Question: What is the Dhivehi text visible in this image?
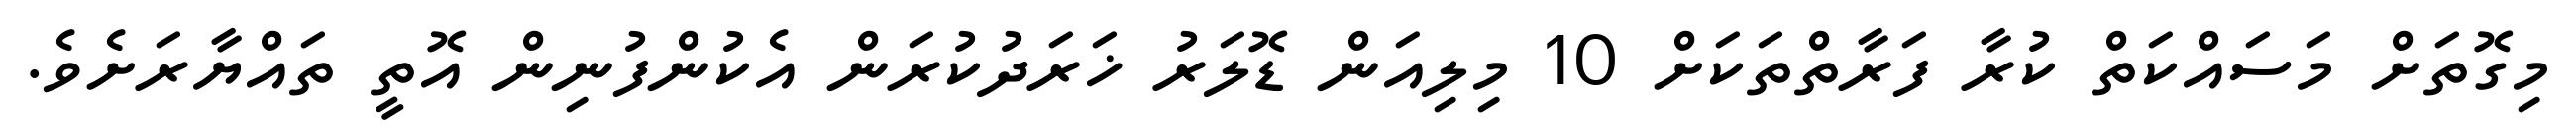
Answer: މިގޮތަށް މަސައްކަތް ކުރާ ފަރާތްތަކަށް 10 މިލިއަން ޑޮލަރު ޚަރަދުކުރަން އެކުންފުނިން އޮތީ ތައްޔާރަށެވެ.